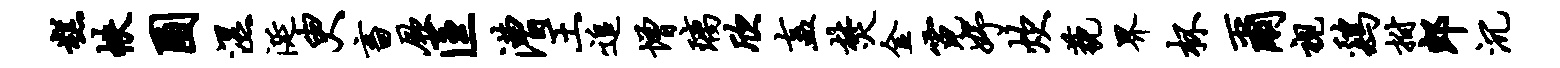
糕帙圃湿涎臾畜厥匡漕王追增璃欣盍焚金霓妤炊藐界杯尔视鸡拊郎沉